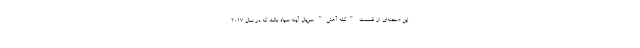
این صحنه‌ای از قسمت "کله آهنی" سریال آینه سیاه باشد که در سال ۲۰۱۷